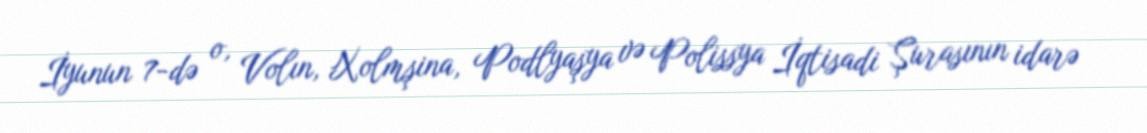
İyunun 7-də o, Volın, Xolmşina, Podlyaşya və Polissya İqtisadi Şurasının idarə